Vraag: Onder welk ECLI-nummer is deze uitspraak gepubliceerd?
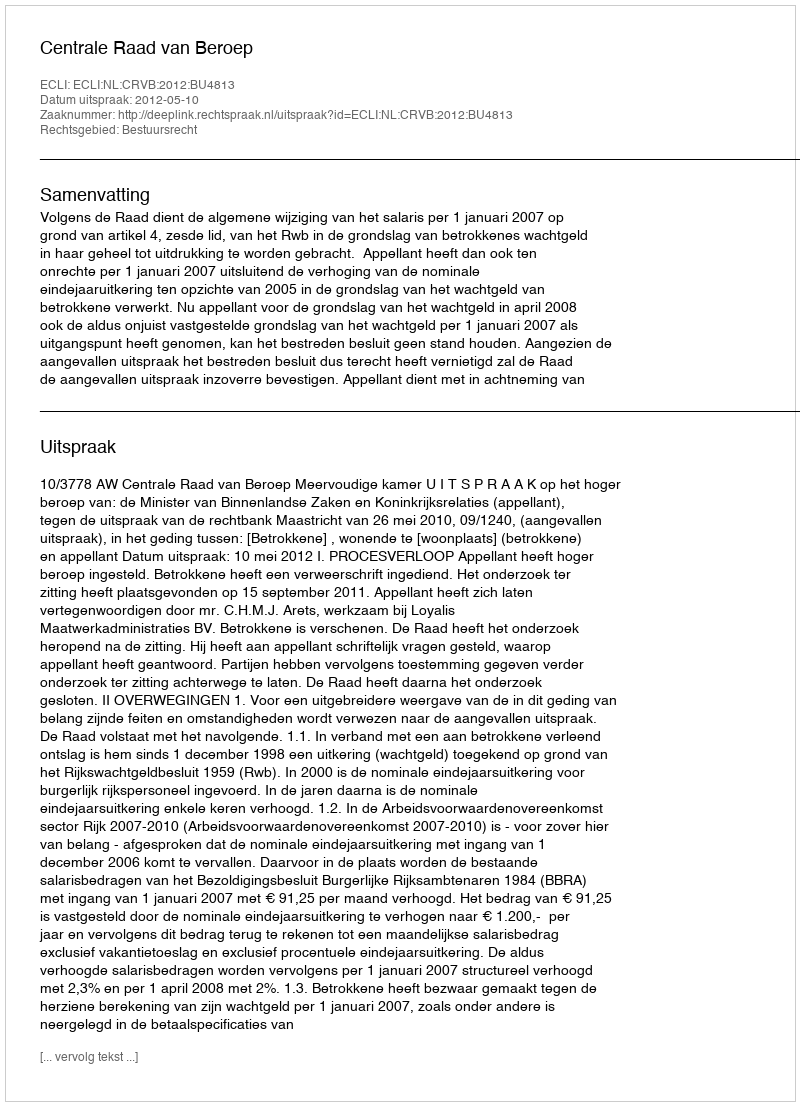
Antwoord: ECLI:NL:CRVB:2012:BU4813